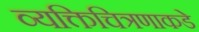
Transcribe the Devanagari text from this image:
व्यक्तिचित्रणाकडे